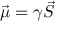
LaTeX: { \vec { \mu } } = \gamma { \vec { S } }